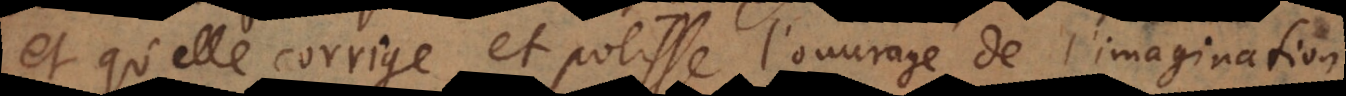
et qu’elle corrige et polisse l’ouvrage de l’imagination,